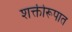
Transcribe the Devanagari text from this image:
शक्तीरूपात